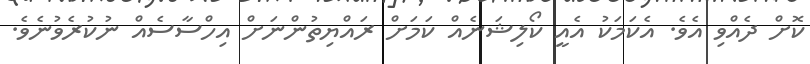
ކޮށް ދެއްވި އެވެ. އެކަމަކު އެއީ ކޯލިޝަނެއް ކަމަށް ރައްޔިތުންނަށް އިހްސާސެއް ނުކުރެވުނެވެ.